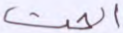
الحث